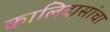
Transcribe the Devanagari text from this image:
कालिदासांचा